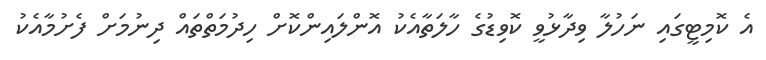
އެ ކޮމިޓީގައި ނަހުލާ ވިދާޅުވީ ކޮވިޑުގެ ހާލަތާއެކު އޮންލައިންކޮށް ހިދުމަތްތައް ދިނުމަށް ފެށުމާއެކު